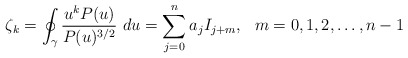
\begin{align*}\zeta_k=\oint_\gamma\frac{u^kP(u)}{P(u)^{3/2}}~du=\sum_{j=0}^na_jI_{j+m},~~m=0,1,2,\ldots,n-1\end{align*}